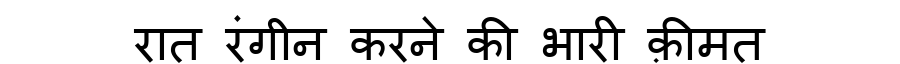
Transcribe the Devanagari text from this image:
रात रंगीन करने की भारी क़ीमत